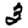
Digit: 3